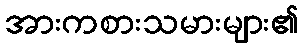
အားကစားသမားများ၏